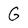
Character: G